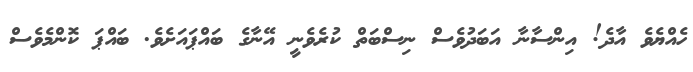
ހެއްޔެވެ އާދެ! އިންސާނާ އަބަދުވެސް ނިސްބަތް ކުރެވެނީ އޭނާގެ ބައްޕައަށެވެ. ބައްޕަ ކޮންމެވެސް